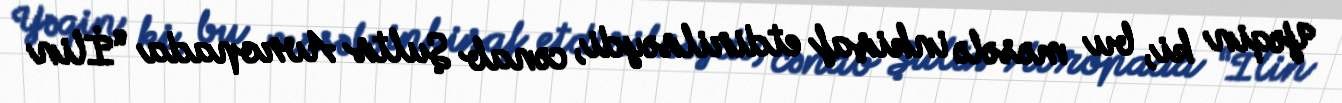
Yəqin ki, bu məsələ inkişaf etdirilsəydi, cənab Şults Avropada “İlin